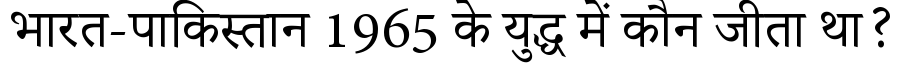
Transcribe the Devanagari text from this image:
भारत-पाकिस्तान 1965 के युद्ध में कौन जीता था?